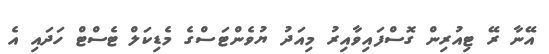
އޭނާ ރޭ ޓިއުރިން ގޮސްފައިވާއިރު މިއަދު ޔުވެންޓަސްގެ މެޑިކަލް ޓެސްޓް ހަދައި އެ